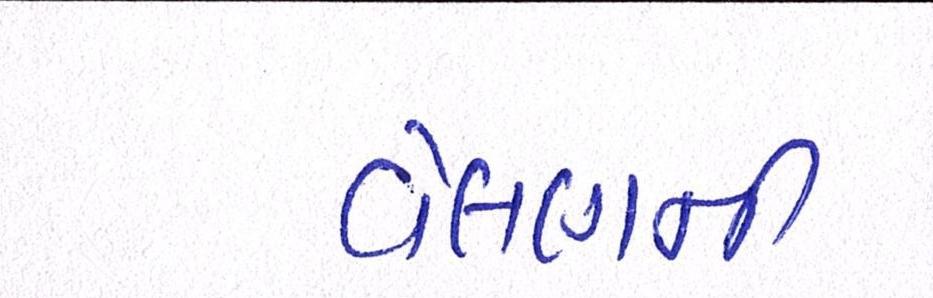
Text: વેલણની